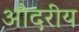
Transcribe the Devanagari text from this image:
औदरीय